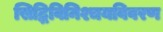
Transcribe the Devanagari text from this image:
सिद्धिविनिश्चयविवरण